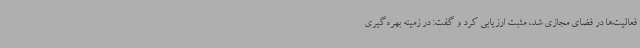
فعالیت‌ها در فضای مجازی شد، مثبت ارزیابی کرد و گفت: در زمینه بهره‌گیری